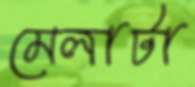
মেলাটা